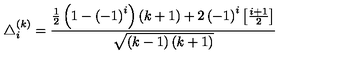
\triangle _ { i } ^ { \left( k \right) } = \frac { \frac 1 2 \left( 1 - \left( - 1 \right) ^ { i } \right) \left( k + 1 \right) + 2 \left( - 1 \right) ^ { i } \left[ \frac { i + 1 } 2 \right] } { \sqrt { \left( k - 1 \right) \left( k + 1 \right) } }